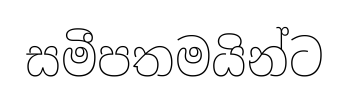
සමීපතමයින්ට